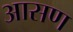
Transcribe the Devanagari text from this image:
आसण